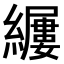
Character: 𫄎